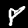
Digit: 8